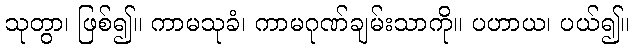
သုတွာ၊ ဖြစ်၍။ ကာမသုခံ၊ ကာမဂုဏ်ချမ်းသာကို။ ပဟာယ၊ ပယ်၍။